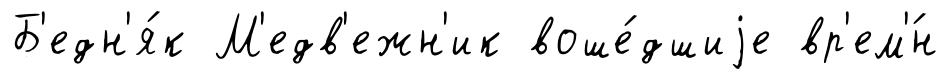
Б'едн'я́к М'едв'ежн'ик воше́дшиjе вр'ем'́н